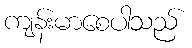
ကျန်းမာစေပါသည်